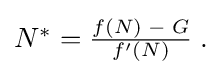
{\textstyle N^{*}={\frac {f(N)\;-\;G}{f^{\prime }(N)}}\;.}